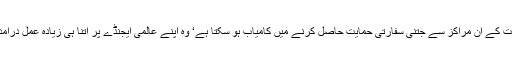
کوئی ملک طاقت کے ان مراکز سے جتنی سفارتی حمایت حاصل کرنے میں کامیاب ہو سکتا ہے‘ وہ اپنے عالمی ایجنڈے پر اتنا ہی زیادہ عمل درآمد کرا سکتا ہے۔